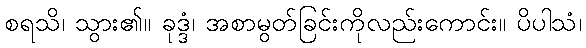
စရသိ၊ သွား၏။ ခုဒ္ဒံ၊ အစာမွတ်ခြင်းကိုလည်းကောင်း။ ပိပါသံ၊